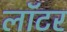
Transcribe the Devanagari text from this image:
लॉटर